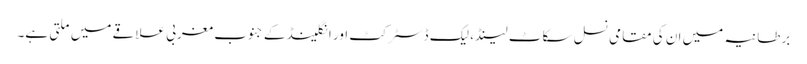
برطانیہ میں ان کی مقامی نسل سکاٹ لینڈ، لیک ڈسٹرکٹ اور انگلینڈ کے جنوب مغربی علاقے میں ملتی ہے۔